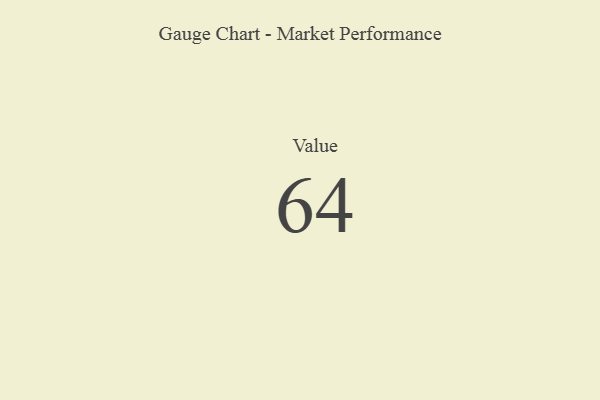
{"axis": {"x": "Metric", "y": "Value"}, "legend": [""], "data": [{"x": "Value", "y": 64, "type": ""}]}